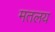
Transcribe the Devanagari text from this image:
मतलय